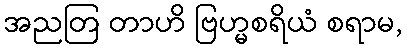
အညတြ တာဟိ ဗြဟ္မစရိယံ စရာမ,